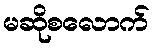
မဆိုစလောက်